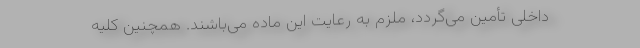
داخلی تأمین می‌گردد، ملزم به رعایت این ماده می‌باشند. همچنین کلیه